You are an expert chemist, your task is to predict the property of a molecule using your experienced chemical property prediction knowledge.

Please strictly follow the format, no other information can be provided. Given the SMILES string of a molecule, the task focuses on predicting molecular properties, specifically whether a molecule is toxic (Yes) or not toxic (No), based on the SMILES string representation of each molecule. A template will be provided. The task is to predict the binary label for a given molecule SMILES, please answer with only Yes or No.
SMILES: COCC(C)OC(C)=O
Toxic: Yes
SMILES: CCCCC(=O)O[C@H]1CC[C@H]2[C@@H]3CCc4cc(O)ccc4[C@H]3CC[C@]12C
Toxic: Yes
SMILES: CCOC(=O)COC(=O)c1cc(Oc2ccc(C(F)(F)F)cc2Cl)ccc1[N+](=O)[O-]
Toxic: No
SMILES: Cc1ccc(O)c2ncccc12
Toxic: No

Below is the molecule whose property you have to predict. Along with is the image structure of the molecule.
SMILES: Cc1coc2ccccc2c1=O
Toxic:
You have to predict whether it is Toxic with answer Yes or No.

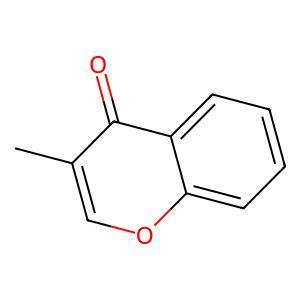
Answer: No